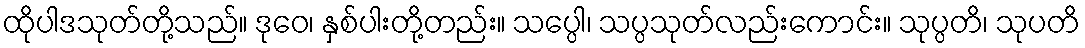
ထိုပါဒသုတ်တို့သည်။ ဒုဝေ၊ နှစ်ပါးတို့တည်း။ သပ္ပေါ၊ သပ္ပသုတ်လည်းကောင်း။ သုပ္ပတိ၊ သုပတိ